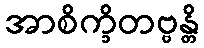
အာစိက္ခိတဗ္ဗန္တိ